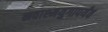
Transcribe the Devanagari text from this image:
नवाश्मयुगापर्यंत